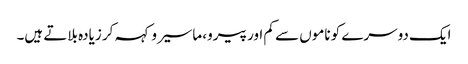
ایک دوسرے کو ناموں سے کم اور پیرو، ماسیرو کہہ کر زیادہ بلاتے ہیں۔